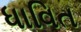
ધાવિત